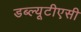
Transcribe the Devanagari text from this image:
डब्ल्यूटीएसी